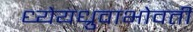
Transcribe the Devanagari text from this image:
ध्येयध्रुवाभोवती